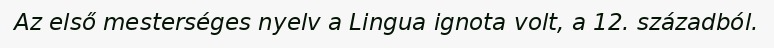
Az első mesterséges nyelv a Lingua ignota volt, a 12. századból.